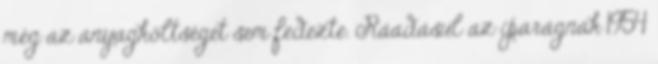
még az anyagköltséget sem fedezte. Ráadásul az iparágnak 1954